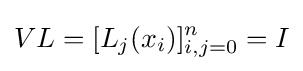
VL=[L_{j}(x_{i})]_{i,j=0}^{n}=I